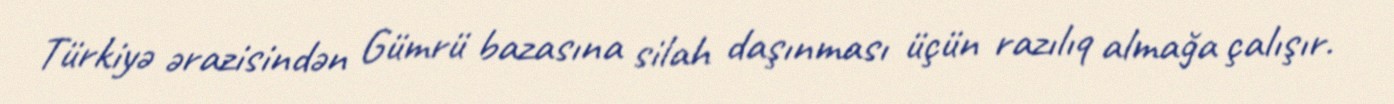
Türkiyə ərazisindən Gümrü bazasına silah daşınması üçün razılıq almağa çalışır.